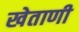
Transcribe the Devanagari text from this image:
खेताणी